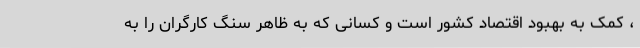
، کمک به بهبود اقتصاد کشور است و کسانی که به ظاهر سنگ کارگران را به